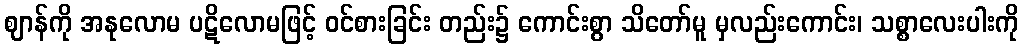
ဈာန်ကို အနုလောမ ပဋိလောမဖြင့် ဝင်စားခြင်း တည်း၌ ကောင်းစွာ သိတော်မူ မှလည်းကောင်း၊ သစ္စာလေးပါးကို